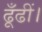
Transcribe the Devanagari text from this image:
ढूँढीं।